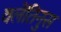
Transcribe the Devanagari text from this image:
वलेंतिनुस